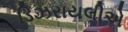
ડિઝરાયલીએ